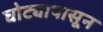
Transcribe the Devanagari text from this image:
घोट्यापासून